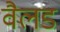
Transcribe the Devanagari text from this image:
वैलड